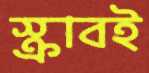
স্ক্রাবই